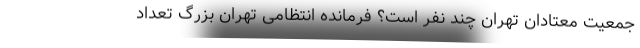
جمعیت معتادان تهران چند نفر است؟ فرمانده انتظامی تهران بزرگ تعداد